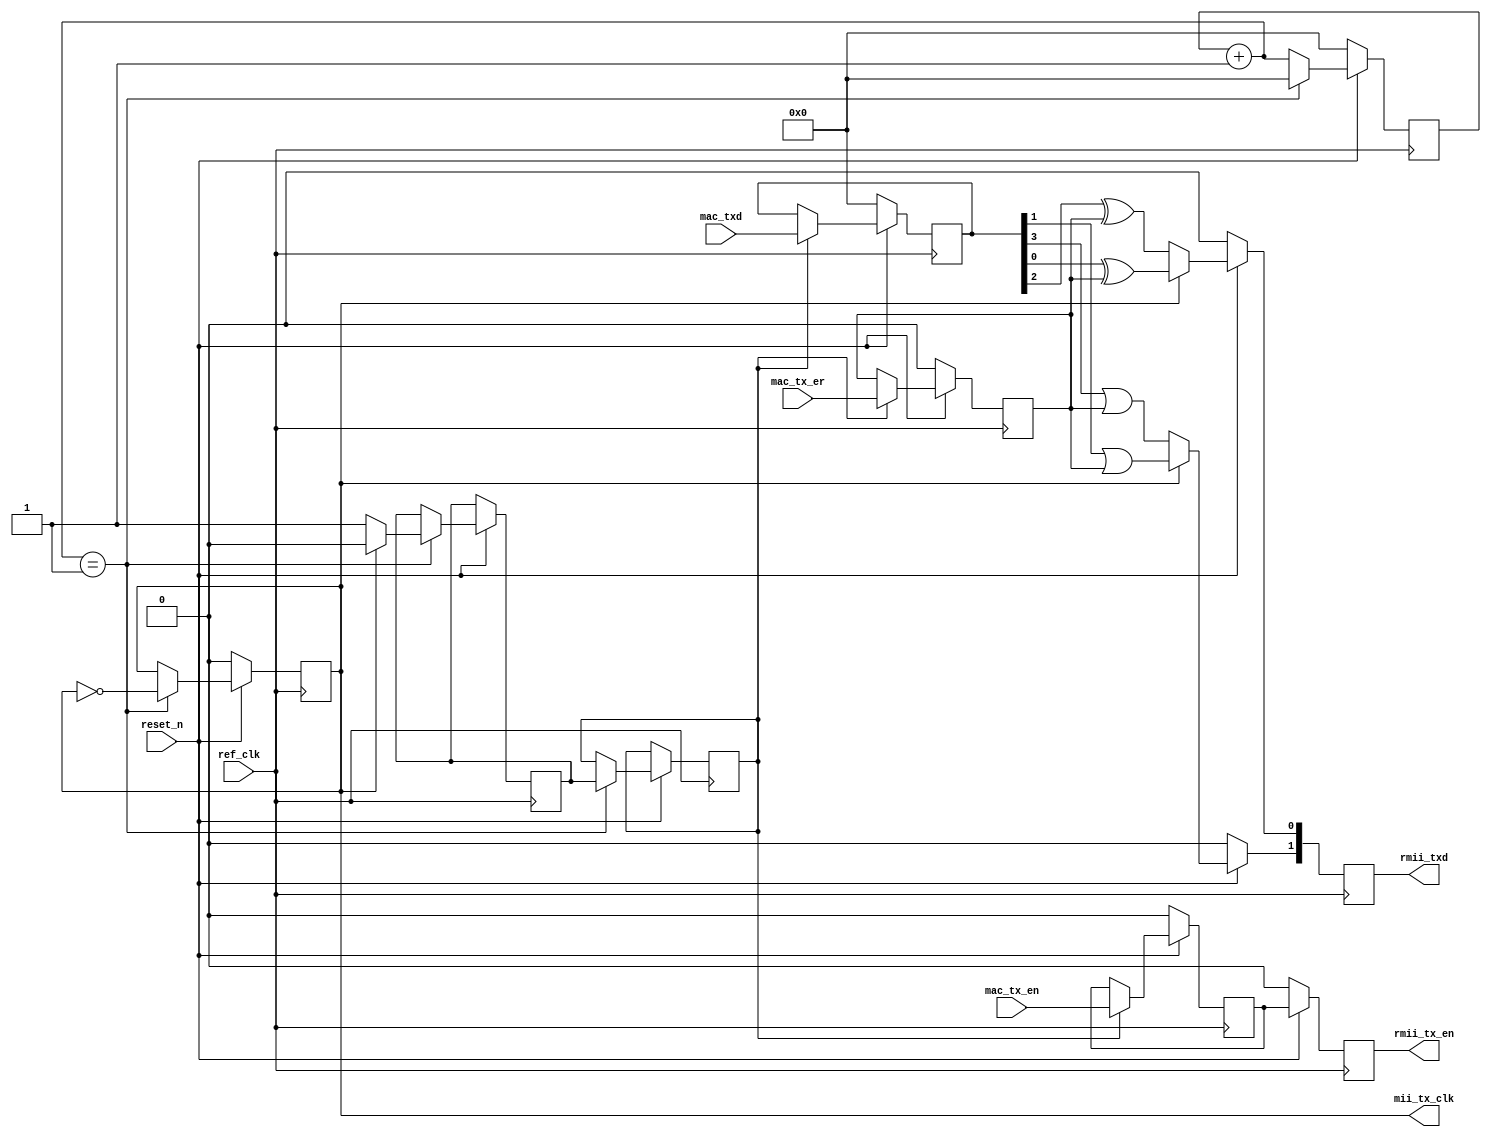
// ***************************************************************************
// ***************************************************************************
// Copyright 2014 - 2021 (c) Analog Devices, Inc. All rights reserved.
//
// In this HDL repository, there are many different and unique modules, consisting
// of various HDL (Verilog or VHDL) components. The individual modules are
// developed independently, and may be accompanied by separate and unique license
// terms.
//
// The user should read each of these license terms, and understand the
// freedoms and responsibilities that he or she has by using this source/core.
//
// This core is distributed in the hope that it will be useful, but WITHOUT ANY
// WARRANTY; without even the implied warranty of MERCHANTABILITY or FITNESS FOR
// A PARTICULAR PURPOSE.
//
// Redistribution and use of source or resulting binaries, with or without modification
// of this file, are permitted under one of the following two license terms:
//
//   1. The GNU General Public License version 2 as published by the
//      Free Software Foundation, which can be found in the top level directory
//      of this repository (LICENSE_GPL2), and also online at:
//      <https://www.gnu.org/licenses/old-licenses/gpl-2.0.html>
//
// OR
//
//   2. An ADI specific BSD license, which can be found in the top level directory
//      of this repository (LICENSE_ADIBSD), and also on-line at:
//      https://github.com/analogdevicesinc/hdl/blob/master/LICENSE_ADIBSD
//      This will allow to generate bit files and not release the source code,
//      as long as it attaches to an ADI device.
//
// ***************************************************************************

`timescale 1ns/100ps

module mac_phy_link #(
  parameter RATE_10_100 = 0
) (
  input              ref_clk,
  input    [3:0]     mac_txd,
  input              reset_n,
  input              mac_tx_en,
  input              mac_tx_er,
  output             rmii_tx_en,
  output   [1:0]     rmii_txd,
  output             mii_tx_clk
);

  wire              dibit_sample;
  wire    [3:0]     num_w;
  wire              tx_dibit;
  wire    [4:0]     reg_count_w;

  reg     [3:0]     mac_txd_r = 4'b0;
  reg               mac_tx_en_r = 1'b0;
  reg               mac_tx_er_r = 1'b0;
  reg               mii_tx_clk_10_100_r = 1'b0;
  reg     [3:0]     num_r = 4'b0;
  reg     [1:0]     rmii_txd_r = 2'b0;
  reg               rmii_tx_en_r = 1'b0;
  reg               rising_tx_clk_r0 = 1'b0;
  reg               rising_tx_clk_r1 = 1'b0;
  reg     [4:0]     reg_count = 5'b0;

  localparam        DIV_REF_CLK = RATE_10_100 ? 10 : 1;

  always @(posedge ref_clk) begin
    if (!reset_n) begin
      num_r <= 0;
      mii_tx_clk_10_100_r <= 1'b0;
    end else if (num_w == DIV_REF_CLK) begin
      num_r <= 0;
      mii_tx_clk_10_100_r <= ~mii_tx_clk_10_100_r;
      if (!mii_tx_clk_10_100_r) begin
        rising_tx_clk_r0 <= 1'b1;
        rising_tx_clk_r1 <= rising_tx_clk_r0;
      end else begin
        rising_tx_clk_r0 <= 1'b0;
        rising_tx_clk_r1 <= rising_tx_clk_r0;
      end
      rising_tx_clk_r1 <= rising_tx_clk_r0;
    end else begin
      num_r <= num_w;
    end
  end

  always @(posedge ref_clk) begin
    if (!reset_n) begin
      mac_txd_r <= 4'b0;
      mac_tx_en_r <= 1'b0;
      mac_tx_er_r <= 1'b0;
    end else begin
      if (dibit_sample == 1'b1) begin
        mac_txd_r <= mac_txd;
        mac_tx_en_r <= mac_tx_en;
        mac_tx_er_r <= mac_tx_er;
      end
    end
  end

  always @(posedge ref_clk) begin
    if (!reset_n) begin
      rmii_txd_r <= 2'b0;
      rmii_tx_en_r <= 1'b0;
    end else begin
      if (!tx_dibit) begin
        rmii_txd_r[0] <= mac_txd_r[0] ^ mac_tx_er_r;
        rmii_txd_r[1] <= mac_txd_r[1] | mac_tx_er_r;
        rmii_tx_en_r <= mac_tx_en_r;
      end else begin
        rmii_txd_r[0] <= mac_txd_r[2] ^ mac_tx_er_r;
        rmii_txd_r[1] <= mac_txd_r[3] | mac_tx_er_r;
        rmii_tx_en_r <= mac_tx_en_r;
      end
    end
  end

  always @(posedge ref_clk) begin
    if (!reset_n) begin
      reg_count <= 1'b0;
    end else begin
      if (reg_count_w == 5'b10011) begin
        reg_count <= 1'b0;
      end else begin
        reg_count <= reg_count + 1;
      end
    end
  end

  assign dibit_sample = RATE_10_100 ? ((reg_count_w == 5'b01001) ? 1'b1 : 1'b0) : rising_tx_clk_r1;
  assign num_w = num_r + 1;
  assign mii_tx_clk = mii_tx_clk_10_100_r;
  assign reg_count_w = reg_count;
  assign rmii_txd = rmii_txd_r;
  assign rmii_tx_en = rmii_tx_en_r;
  assign tx_dibit = ~mii_tx_clk;

endmodule